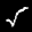
Label: 5